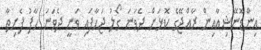
އިންޑޮނޭޝިއާއިން ރާއްޖޭގެ ކޮޅަށް ދެވަނަ ގޯލު ޖަހާފައި ވަނީ ދެވަނަ ހާފު ފެށިތާ